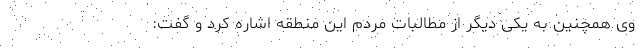
وی همچنین به یکی دیگر از مطالبات مردم این منطقه اشاره کرد و گفت: